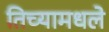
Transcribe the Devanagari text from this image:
तिच्यामधले